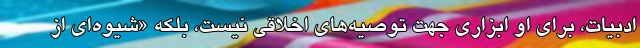
ادبیات‌، برای او ابزاری جهت توصیه‌های اخلاقی نیست، بلکه «شیوه‌ای از